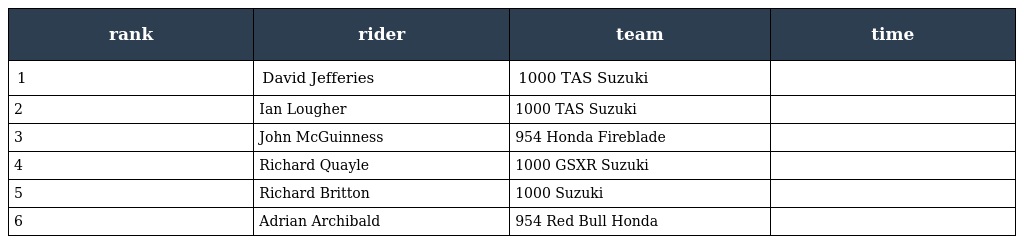
| rank | rider | team | time |
 | --- | --- | --- | --- |
 | 1 | David Jefferies | 1000 TAS Suzuki |  |
 | 2 | Ian Lougher | 1000 TAS Suzuki |  |
 | 3 | John McGuinness | 954 Honda Fireblade |  |
 | 4 | Richard Quayle | 1000 GSXR Suzuki |  |
 | 5 | Richard Britton | 1000 Suzuki |  |
 | 6 | Adrian Archibald | 954 Red Bull Honda |  |